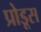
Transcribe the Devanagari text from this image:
प्रोडूस